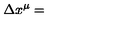
\Delta x ^ { \mu } =